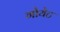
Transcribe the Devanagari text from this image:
गोयेट